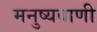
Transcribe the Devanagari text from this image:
मनुष्यवाणी